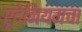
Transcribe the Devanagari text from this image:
रूदेनियमचा